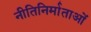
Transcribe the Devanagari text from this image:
नीतिनिर्माताओं